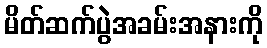
မိတ်ဆက်ပွဲအခမ်းအနားကို